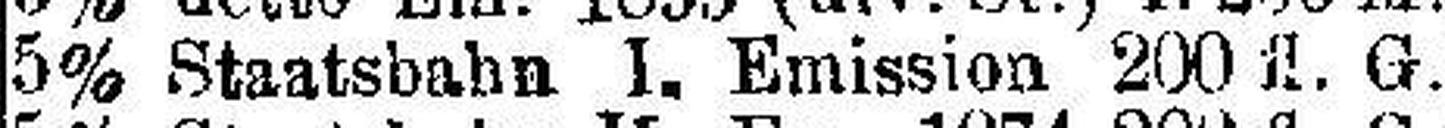
5% Staatsbahn I. Emission 200 fl. G.